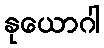
နုယောဂါ